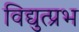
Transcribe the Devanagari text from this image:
विद्युत्प्रभ